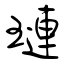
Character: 璉